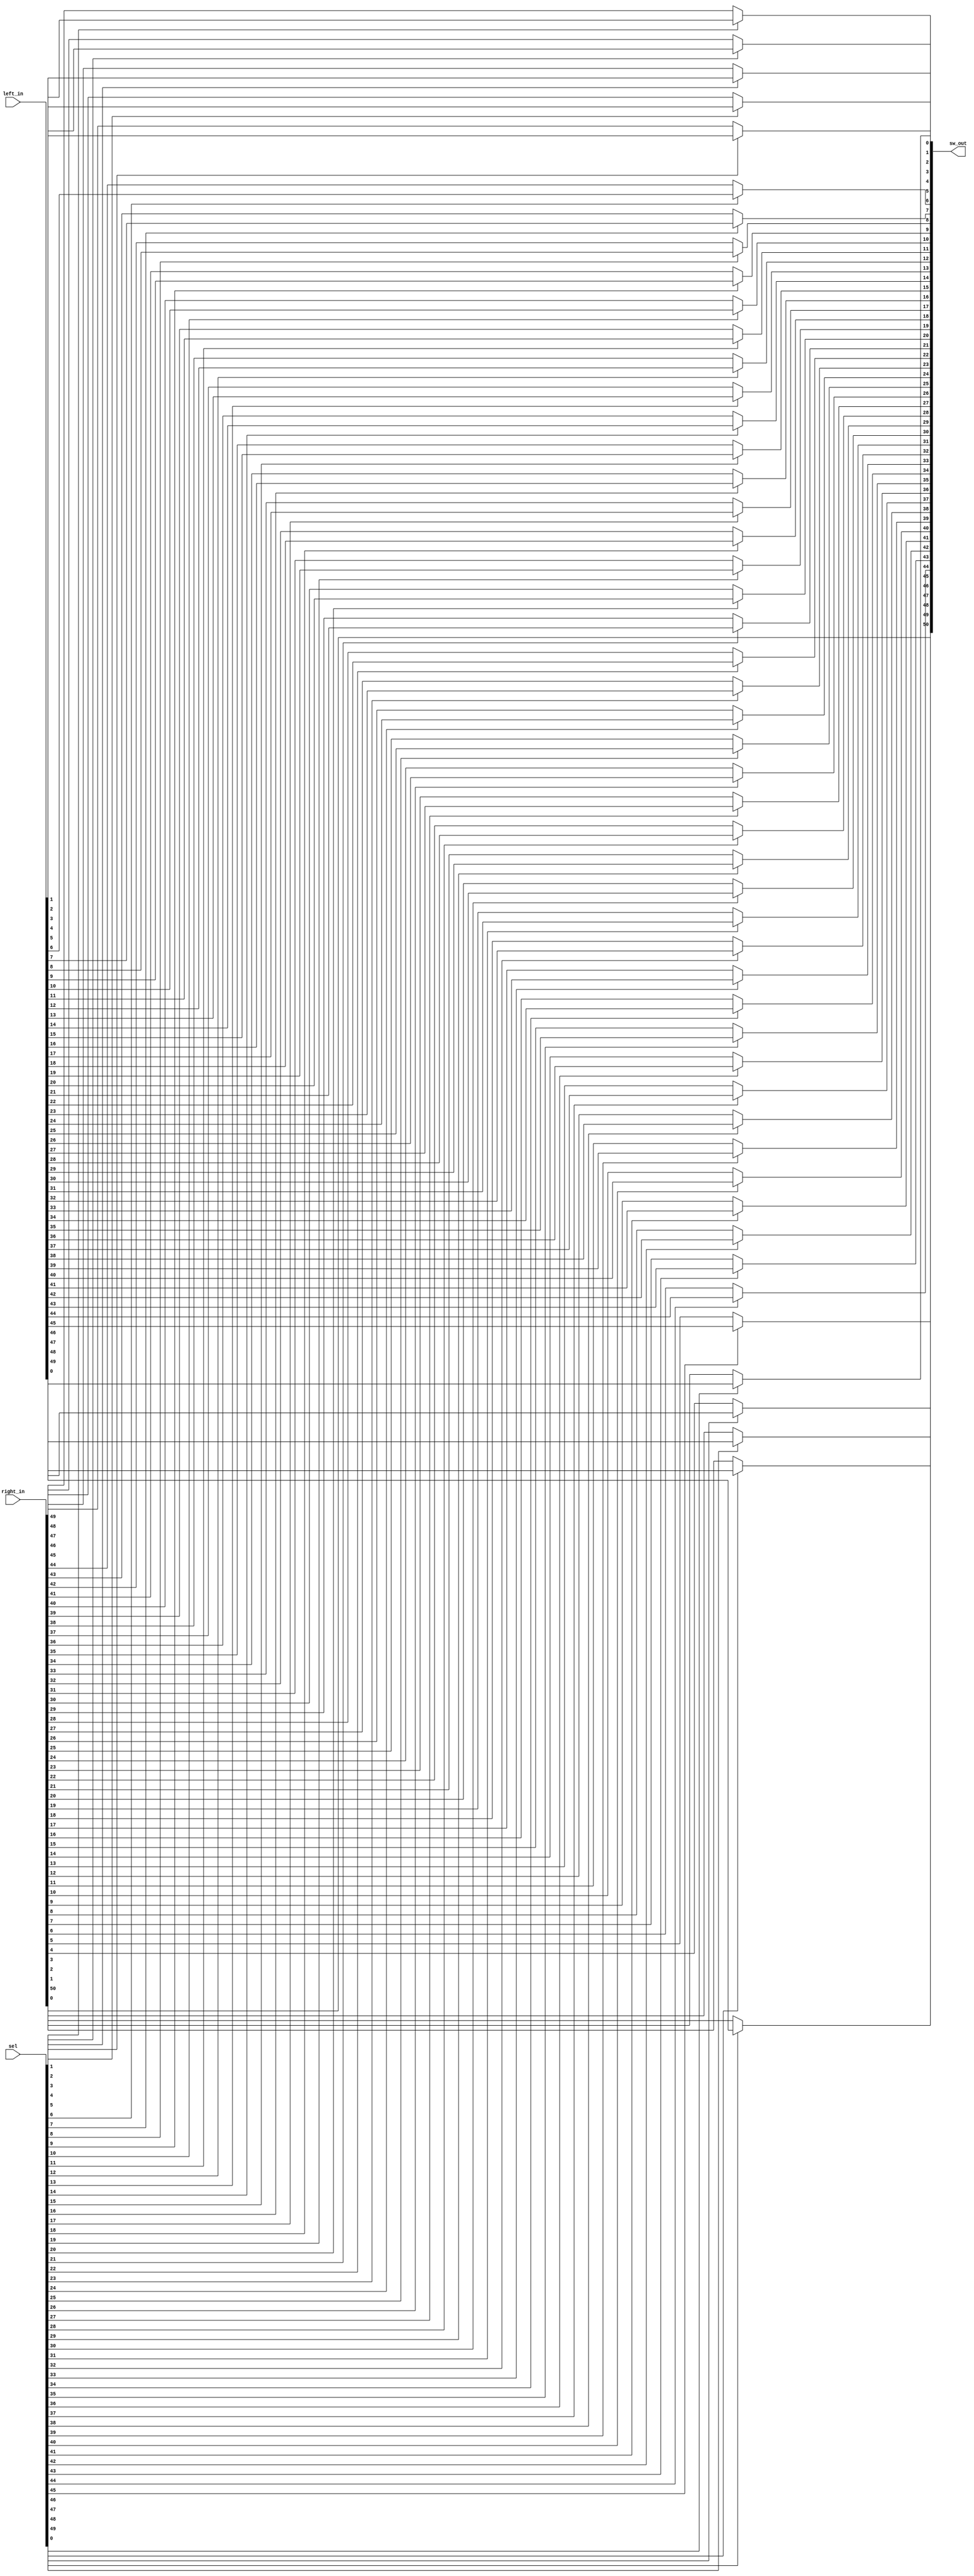
module qsn_merge_len51 (
	output wire [50:0] sw_out,

	input wire [49:0] left_in,
	input wire [50:0] right_in,
	input wire [49:0] sel
);

	assign sw_out[0] = (sel[0] == 1'b0) ? right_in[50] : left_in[0];
	assign sw_out[1] = (sel[1] == 1'b0) ? right_in[49] : left_in[1];
	assign sw_out[2] = (sel[2] == 1'b0) ? right_in[48] : left_in[2];
	assign sw_out[3] = (sel[3] == 1'b0) ? right_in[47] : left_in[3];
	assign sw_out[4] = (sel[4] == 1'b0) ? right_in[46] : left_in[4];
	assign sw_out[5] = (sel[5] == 1'b0) ? right_in[45] : left_in[5];
	assign sw_out[6] = (sel[6] == 1'b0) ? right_in[44] : left_in[6];
	assign sw_out[7] = (sel[7] == 1'b0) ? right_in[43] : left_in[7];
	assign sw_out[8] = (sel[8] == 1'b0) ? right_in[42] : left_in[8];
	assign sw_out[9] = (sel[9] == 1'b0) ? right_in[41] : left_in[9];
	assign sw_out[10] = (sel[10] == 1'b0) ? right_in[40] : left_in[10];
	assign sw_out[11] = (sel[11] == 1'b0) ? right_in[39] : left_in[11];
	assign sw_out[12] = (sel[12] == 1'b0) ? right_in[38] : left_in[12];
	assign sw_out[13] = (sel[13] == 1'b0) ? right_in[37] : left_in[13];
	assign sw_out[14] = (sel[14] == 1'b0) ? right_in[36] : left_in[14];
	assign sw_out[15] = (sel[15] == 1'b0) ? right_in[35] : left_in[15];
	assign sw_out[16] = (sel[16] == 1'b0) ? right_in[34] : left_in[16];
	assign sw_out[17] = (sel[17] == 1'b0) ? right_in[33] : left_in[17];
	assign sw_out[18] = (sel[18] == 1'b0) ? right_in[32] : left_in[18];
	assign sw_out[19] = (sel[19] == 1'b0) ? right_in[31] : left_in[19];
	assign sw_out[20] = (sel[20] == 1'b0) ? right_in[30] : left_in[20];
	assign sw_out[21] = (sel[21] == 1'b0) ? right_in[29] : left_in[21];
	assign sw_out[22] = (sel[22] == 1'b0) ? right_in[28] : left_in[22];
	assign sw_out[23] = (sel[23] == 1'b0) ? right_in[27] : left_in[23];
	assign sw_out[24] = (sel[24] == 1'b0) ? right_in[26] : left_in[24];
	assign sw_out[25] = (sel[25] == 1'b0) ? right_in[25] : left_in[25];
	assign sw_out[26] = (sel[26] == 1'b0) ? right_in[24] : left_in[26];
	assign sw_out[27] = (sel[27] == 1'b0) ? right_in[23] : left_in[27];
	assign sw_out[28] = (sel[28] == 1'b0) ? right_in[22] : left_in[28];
	assign sw_out[29] = (sel[29] == 1'b0) ? right_in[21] : left_in[29];
	assign sw_out[30] = (sel[30] == 1'b0) ? right_in[20] : left_in[30];
	assign sw_out[31] = (sel[31] == 1'b0) ? right_in[19] : left_in[31];
	assign sw_out[32] = (sel[32] == 1'b0) ? right_in[18] : left_in[32];
	assign sw_out[33] = (sel[33] == 1'b0) ? right_in[17] : left_in[33];
	assign sw_out[34] = (sel[34] == 1'b0) ? right_in[16] : left_in[34];
	assign sw_out[35] = (sel[35] == 1'b0) ? right_in[15] : left_in[35];
	assign sw_out[36] = (sel[36] == 1'b0) ? right_in[14] : left_in[36];
	assign sw_out[37] = (sel[37] == 1'b0) ? right_in[13] : left_in[37];
	assign sw_out[38] = (sel[38] == 1'b0) ? right_in[12] : left_in[38];
	assign sw_out[39] = (sel[39] == 1'b0) ? right_in[11] : left_in[39];
	assign sw_out[40] = (sel[40] == 1'b0) ? right_in[10] : left_in[40];
	assign sw_out[41] = (sel[41] == 1'b0) ? right_in[9] : left_in[41];
	assign sw_out[42] = (sel[42] == 1'b0) ? right_in[8] : left_in[42];
	assign sw_out[43] = (sel[43] == 1'b0) ? right_in[7] : left_in[43];
	assign sw_out[44] = (sel[44] == 1'b0) ? right_in[6] : left_in[44];
	assign sw_out[45] = (sel[45] == 1'b0) ? right_in[5] : left_in[45];
	assign sw_out[46] = (sel[46] == 1'b0) ? right_in[4] : left_in[46];
	assign sw_out[47] = (sel[47] == 1'b0) ? right_in[3] : left_in[47];
	assign sw_out[48] = (sel[48] == 1'b0) ? right_in[2] : left_in[48];
	assign sw_out[49] = (sel[49] == 1'b0) ? right_in[1] : left_in[49];
	assign sw_out[50] = right_in[0];
endmodule